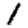
Digit: 1